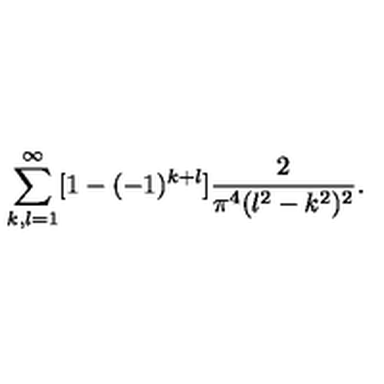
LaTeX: \sum _ { k , l = 1 } ^ { \infty } [ 1 - ( - 1 ) ^ { k + l } ] \frac { 2 } { \pi ^ { 4 } ( l ^ { 2 } - k ^ { 2 } ) ^ { 2 } } .